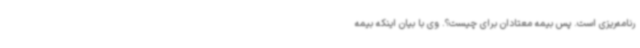
رنامه‌ریزی است. پس بیمه معتادان برای چیست؟. وی با بیان اینکه بیمه